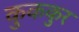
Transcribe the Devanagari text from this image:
कुककुर